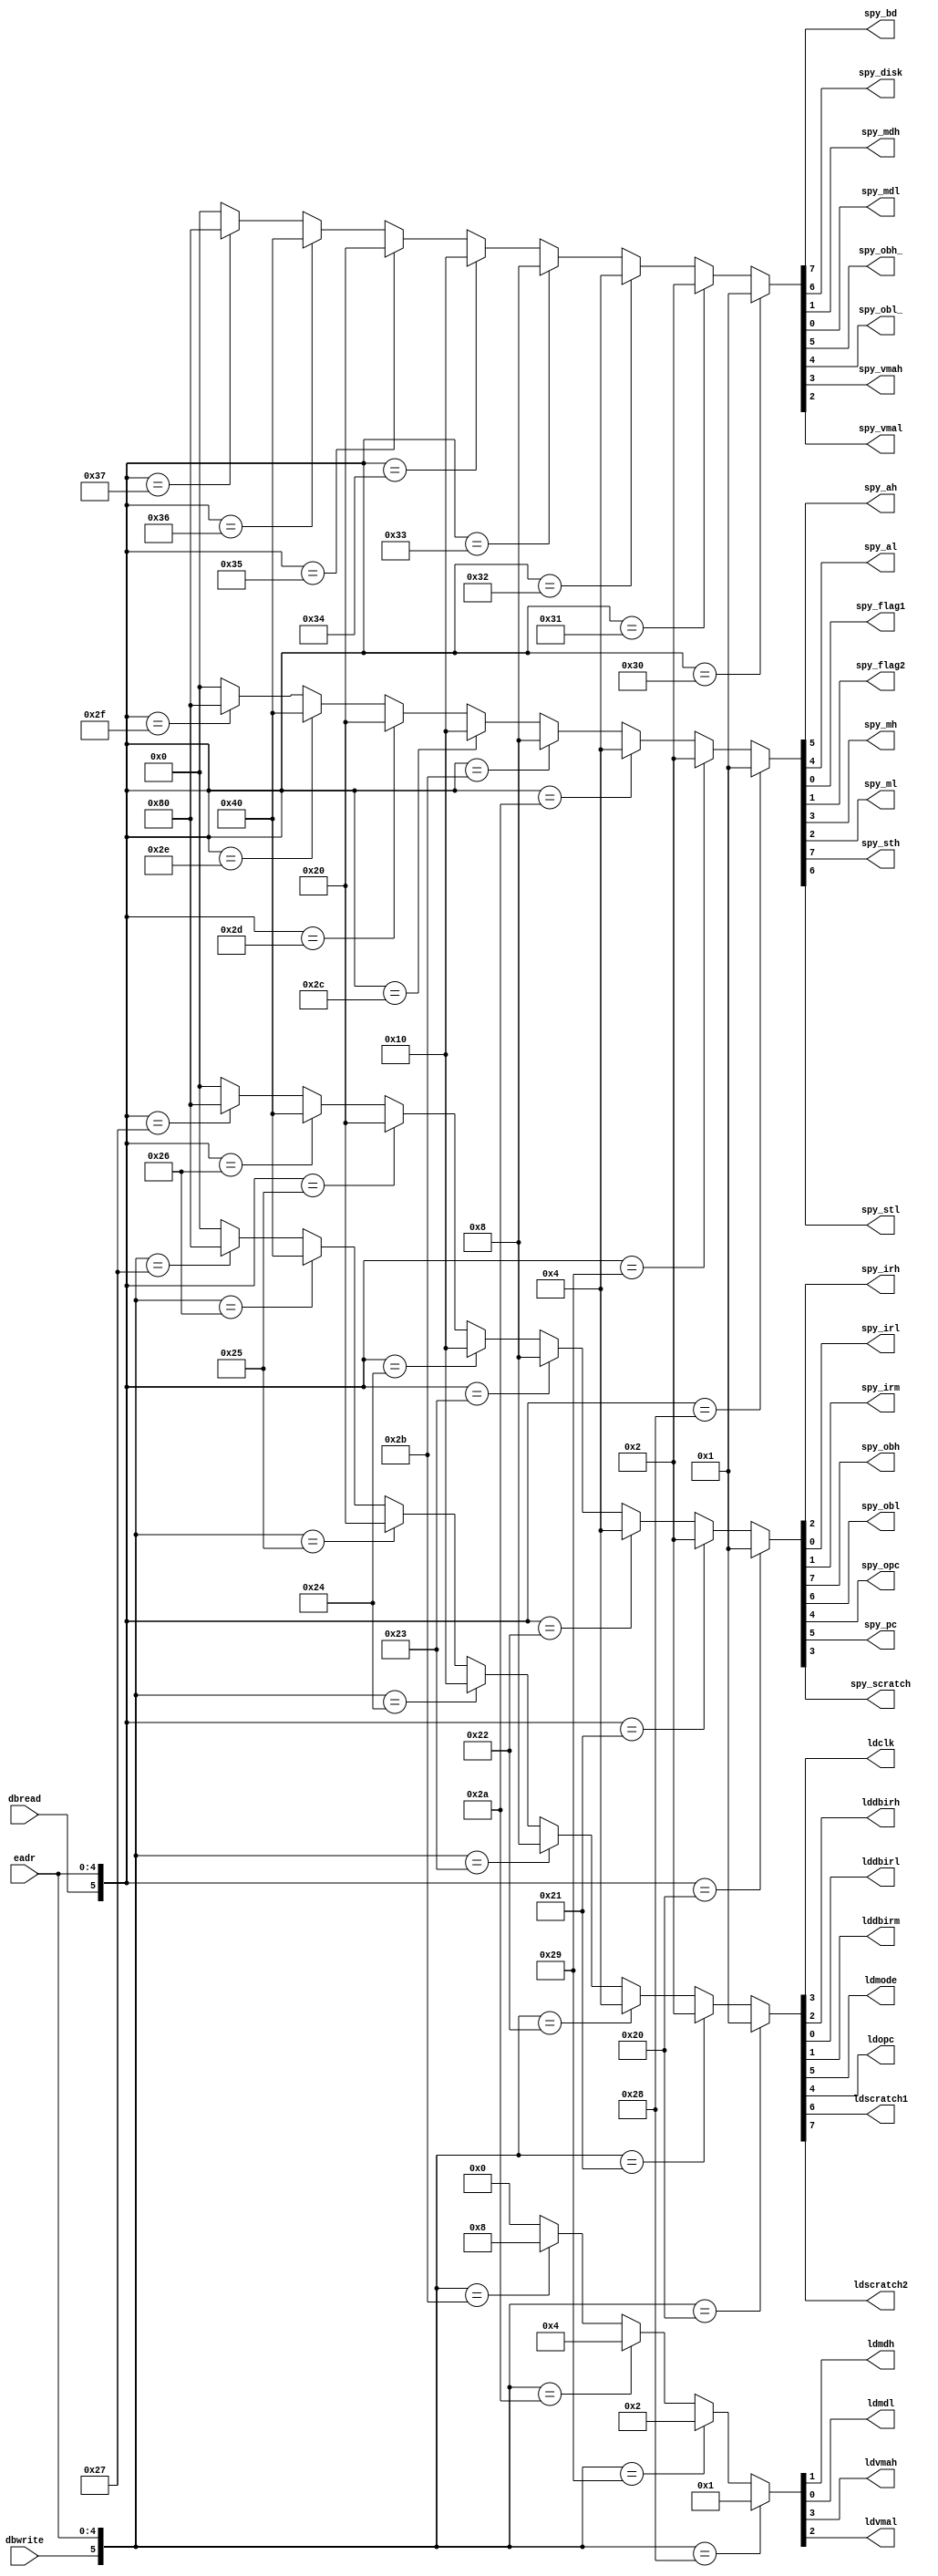
// SPY0 --- PDP11 EXAMINE CONTROL
//
// ---!!! Add description.
//
// History:
//
//   (20YY-MM-DD HH:mm:ss BRAD) Converted to Verilog.
//	???: Nets added.
//	???: Nets removed.
//   (1978-02-07 05:36:57 TK) Initial.

`timescale 1ns/1ps
`default_nettype none

module SPY0(/*AUTOARG*/
   // Outputs
   ldclk, lddbirh, lddbirl, lddbirm, ldmdh, ldmdl, ldmode, ldopc,
   ldscratch1, ldscratch2, ldvmah, ldvmal, spy_ah, spy_al, spy_bd,
   spy_disk, spy_flag1, spy_flag2, spy_irh, spy_irl, spy_irm, spy_mdh,
   spy_mdl, spy_mh, spy_ml, spy_obh, spy_obh_, spy_obl, spy_obl_,
   spy_opc, spy_pc, spy_scratch, spy_sth, spy_stl, spy_vmah, spy_vmal,
   // Inputs
   eadr, dbread, dbwrite
   );

   input [4:0] eadr;
   input dbread;
   input dbwrite;
   output ldclk;
   output lddbirh;
   output lddbirl;
   output lddbirm;
   output ldmdh;
   output ldmdl;
   output ldmode;
   output ldopc;
   output ldscratch1;
   output ldscratch2;
   output ldvmah;
   output ldvmal;
   output spy_ah;
   output spy_al;
   output spy_bd;
   output spy_disk;
   output spy_flag1;
   output spy_flag2;
   output spy_irh;
   output spy_irl;
   output spy_irm;
   output spy_mdh;
   output spy_mdl;
   output spy_mh;
   output spy_ml;
   output spy_obh;
   output spy_obh_;
   output spy_obl;
   output spy_obl_;
   output spy_opc;
   output spy_pc;
   output spy_scratch;
   output spy_sth;
   output spy_stl;
   output spy_vmah;
   output spy_vmal;

   ////////////////////////////////////////////////////////////////////////////////

   // Read registers.
   assign {spy_obh, spy_obl, spy_pc, spy_opc, spy_scratch, spy_irh, spy_irm, spy_irl}
     = ({dbread, eadr} == 6'b10_0000) ? 8'b00000001 :
       ({dbread, eadr} == 6'b10_0001) ? 8'b00000010 :
       ({dbread, eadr} == 6'b10_0010) ? 8'b00000100 :
       ({dbread, eadr} == 6'b10_0011) ? 8'b00001000 :
       ({dbread, eadr} == 6'b10_0100) ? 8'b00010000 :
       ({dbread, eadr} == 6'b10_0101) ? 8'b00100000 :
       ({dbread, eadr} == 6'b10_0110) ? 8'b01000000 :
       ({dbread, eadr} == 6'b10_0111) ? 8'b10000000 :
       8'b00000000;
   assign {spy_sth, spy_stl, spy_ah, spy_al, spy_mh, spy_ml, spy_flag2, spy_flag1}
     = ({dbread, eadr} == 6'b10_1000) ? 8'b00000001 :
       ({dbread, eadr} == 6'b10_1001) ? 8'b00000010 :
       ({dbread, eadr} == 6'b10_1010) ? 8'b00000100 :
       ({dbread, eadr} == 6'b10_1011) ? 8'b00001000 :
       ({dbread, eadr} == 6'b10_1100) ? 8'b00010000 :
       ({dbread, eadr} == 6'b10_1101) ? 8'b00100000 :
       ({dbread, eadr} == 6'b10_1110) ? 8'b01000000 :
       ({dbread, eadr} == 6'b10_1111) ? 8'b10000000 :
       8'b00000000;
   assign {spy_bd, spy_disk, spy_obh_, spy_obl_, spy_vmah, spy_vmal, spy_mdh, spy_mdl}
     = ({dbread, eadr} == 6'b11_0000) ? 8'b00000001 :
       ({dbread, eadr} == 6'b11_0001) ? 8'b00000010 :
       ({dbread, eadr} == 6'b11_0010) ? 8'b00000100 :
       ({dbread, eadr} == 6'b11_0011) ? 8'b00001000 :
       ({dbread, eadr} == 6'b11_0100) ? 8'b00010000 :
       ({dbread, eadr} == 6'b11_0101) ? 8'b00100000 :
       ({dbread, eadr} == 6'b11_0110) ? 8'b01000000 :
       ({dbread, eadr} == 6'b11_0111) ? 8'b10000000 :
       8'b00000000;

   // Load registers.
   assign {ldscratch2, ldscratch1, ldmode, ldopc, ldclk, lddbirh, lddbirm, lddbirl}
     = ({dbwrite, eadr} == 6'b10_0000) ? 8'b00000001 :
       ({dbwrite, eadr} == 6'b10_0001) ? 8'b00000010 :
       ({dbwrite, eadr} == 6'b10_0010) ? 8'b00000100 :
       ({dbwrite, eadr} == 6'b10_0011) ? 8'b00001000 :
       ({dbwrite, eadr} == 6'b10_0100) ? 8'b00010000 :
       ({dbwrite, eadr} == 6'b10_0101) ? 8'b00100000 :
       ({dbwrite, eadr} == 6'b10_0110) ? 8'b01000000 :
       ({dbwrite, eadr} == 6'b10_0111) ? 8'b10000000 :
       8'b00000000;
   assign {ldvmah, ldvmal, ldmdh, ldmdl}
     = ({dbwrite, eadr} == 6'b10_1000) ? 4'b0001 :
       ({dbwrite, eadr} == 6'b10_1001) ? 4'b0010 :
       ({dbwrite, eadr} == 6'b10_1010) ? 4'b0100 :
       ({dbwrite, eadr} == 6'b10_1011) ? 4'b1000 :
       4'b0000;

endmodule

`default_nettype wire

// Local Variables:
// verilog-library-directories: ("../..")
// End: